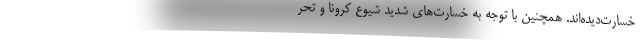
خسارت‌دیده‌اند. همچنین با توجه به خسارت‌های شدید شیوع کرونا و تحر